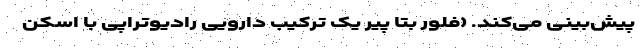
پیش‌بینی می‌کند. (فلور بتا پیر یک ترکیب دارویی رادیوتراپی با اسکن